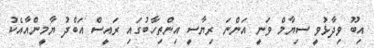
އިބޫ ވިދާޅުވީ ސިޔާމް ވަނީ އަންނަ ރިޔާސީ އިންތިހާބުގައި ރައީސް އަބްދު ޔާމީންއާއެކު